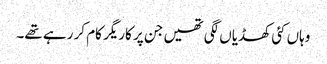
وہاں کئی کھڈیاں لگی تھیں جن پر کاریگر کام کر رہے تھے۔